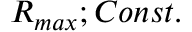
R _ { m a x } ; C o n s t .